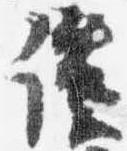
談